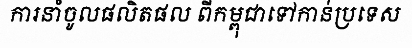
ការនាំចូលផលិតផល ពីកម្ពុជាទៅកាន់ប្រទេស